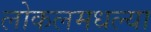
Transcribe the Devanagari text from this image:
लोकलमधल्या